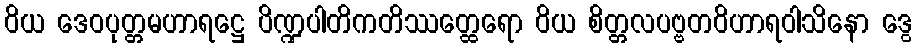
ဝိယ ဒေဝပုတ္တမဟာရဋ္ဌေ ပိဏ္ဍပါတိကတိဿတ္ထေရော ဝိယ စိတ္တလပဗ္ဗတဝိဟာရဝါသိနော ဒွေ